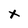
Character: x